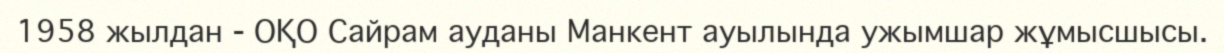
1958 жылдан - ОҚО Сайрам ауданы Манкент ауылында ужымшар жұмысшысы.